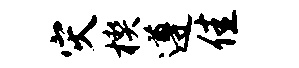
灾楔遵佳